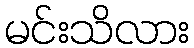
မင်းသိလား